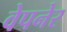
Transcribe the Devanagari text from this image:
वेपनेर